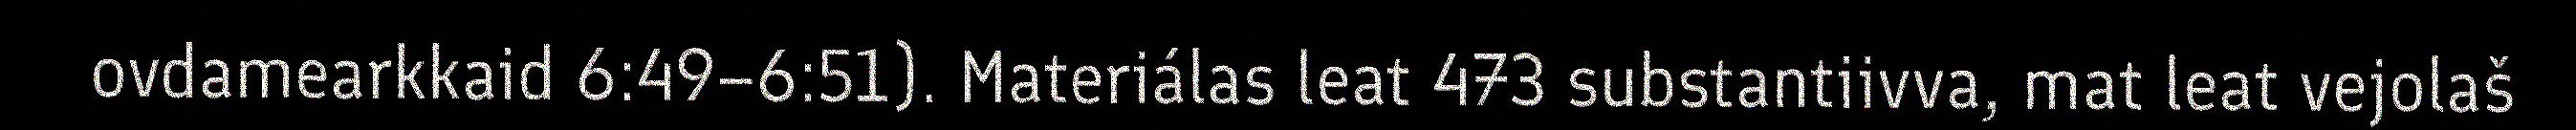
ovdamearkkaid 6:49–6:51). Materiálas leat 473 substantiivva, mat leat vejolaš